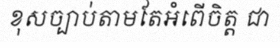
ខុសច្បាប់តាមតែអំពើចិត្ត ជា